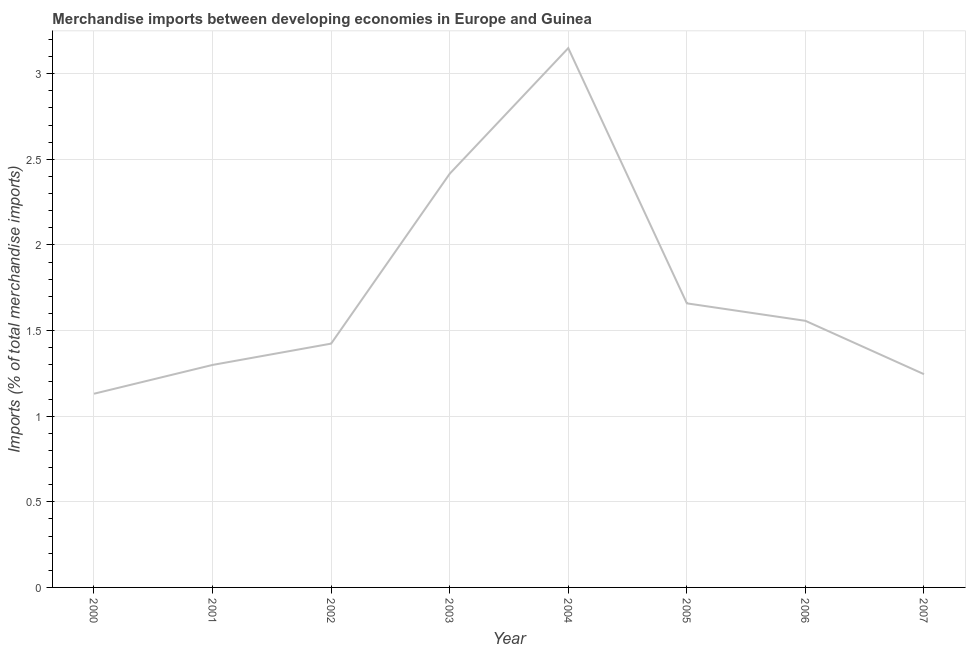
| Year | Merchandise imports |
 | --- | --- |
 | 2000 | 1.13 |
 | 2001 | 1.3 |
 | 2002 | 1.42 |
 | 2003 | 2.42 |
 | 2004 | 3.15 |
 | 2005 | 1.66 |
 | 2006 | 1.56 |
 | 2007 | 1.25 |